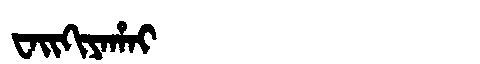
Manchu: ᠸᠠᡳᡴᡳᠶᠠᡥᠠᡳ
Romanization: WAIKIYAHAI